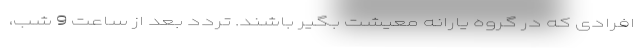
افرادی که در گروه یارانه معیشت بگیر باشند. تردد بعد از ساعت 9 شب،